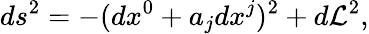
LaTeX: ds^{2}=-(dx^{0}+a_{j}dx^{j})^{2}+d\mathcal{L}^{2},